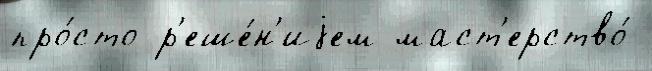
про́сто р'еше́н'иjем маст'ерство́